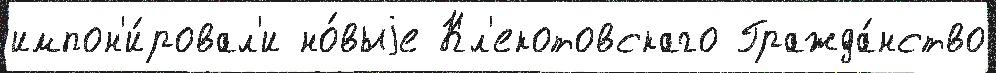
импон'и́ровал'и но́выjе Кл'екотовскаго Гражда́нство